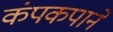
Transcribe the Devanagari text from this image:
कंपकपाने